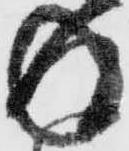
返